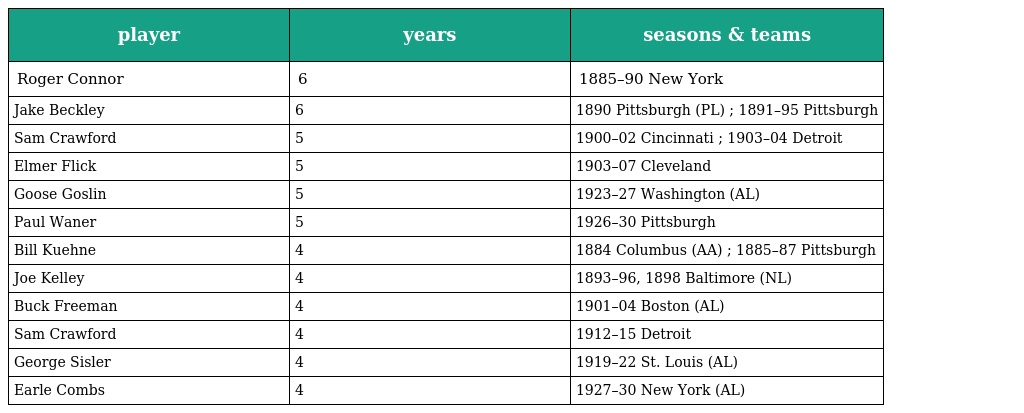
| player | years | seasons & teams |
 | --- | --- | --- |
 | Roger Connor | 6 | 1885–90 New York |
 | Jake Beckley | 6 | 1890 Pittsburgh (PL) ; 1891–95 Pittsburgh |
 | Sam Crawford | 5 | 1900–02 Cincinnati ; 1903–04 Detroit |
 | Elmer Flick | 5 | 1903–07 Cleveland |
 | Goose Goslin | 5 | 1923–27 Washington (AL) |
 | Paul Waner | 5 | 1926–30 Pittsburgh |
 | Bill Kuehne | 4 | 1884 Columbus (AA) ; 1885–87 Pittsburgh |
 | Joe Kelley | 4 | 1893–96, 1898 Baltimore (NL) |
 | Buck Freeman | 4 | 1901–04 Boston (AL) |
 | Sam Crawford | 4 | 1912–15 Detroit |
 | George Sisler | 4 | 1919–22 St. Louis (AL) |
 | Earle Combs | 4 | 1927–30 New York (AL) |